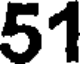
51